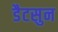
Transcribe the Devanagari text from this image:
डैटसुन